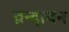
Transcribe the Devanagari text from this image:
व्रन्दावन